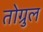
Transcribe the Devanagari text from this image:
तोग्रुल